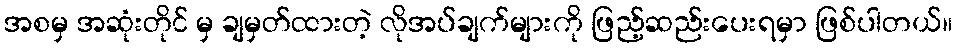
အစမှ အဆုံးတိုင် မှ ချမှတ်ထားတဲ့ လိုအပ်ချက်များကို ဖြည့်ဆည်းပေးရမှာ ဖြစ်ပါတယ်။